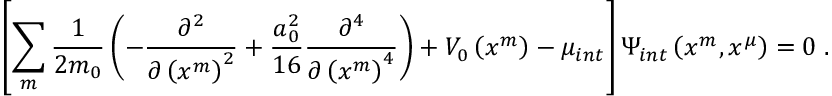
\left[ \sum _ { m } \frac { 1 } { 2 m _ { 0 } } \left( - \frac { \partial ^ { 2 } } { \partial \left( x ^ { m } \right) ^ { 2 } } + \frac { a _ { 0 } ^ { 2 } } { 1 6 } \frac { \partial ^ { 4 } } { \partial \left( x ^ { m } \right) ^ { 4 } } \right) + V _ { 0 } \left( x ^ { m } \right) - \mu _ { i n t } \right] \Psi _ { i n t } \left( x ^ { m } , x ^ { \mu } \right) = 0 \; .